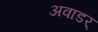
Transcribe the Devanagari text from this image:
अवाडर्